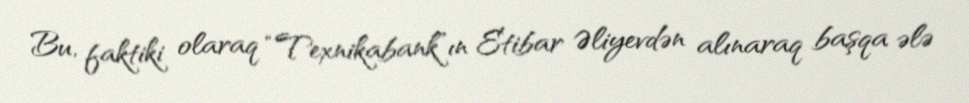
Bu, faktiki olaraq “Texnikabank”ın Etibar Əliyevdən alınaraq başqa ələ